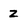
Character: z